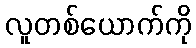
လူတစ်ယောက်ကို